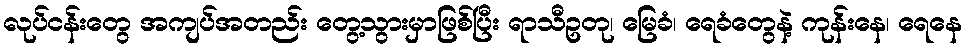
လုပ်ငန်းတွေ အကျပ်အတည်း တွေ့သွားမှာဖြစ်ပြီး ရာသီဥတု၊ မြေခံ၊ ရေခံတွေနဲ့ ကုန်းနေ၊ ရေနေ